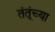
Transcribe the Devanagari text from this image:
तंतूंच्या